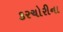
કરચોરીના